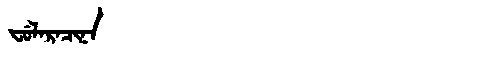
Manchu: ᠸᡠᠯᠠᡵᠠᠴᡳᠨᠠ
Romanization: FULARACINA